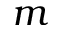
m